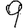
Digit: 9